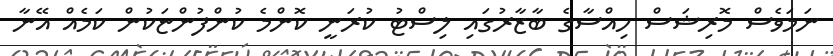
ނަމަވެސް މޮރިޝަސް ހިއްސާގެ ބާޒާރުގައި ލިސްޓު ކުރަނީ ކޮންމެ ކުންފުންޏަކުން ކަމެއް އޭނާ